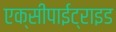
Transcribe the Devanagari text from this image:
एक्सीपाईट्राइड